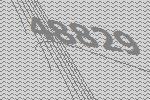
48829